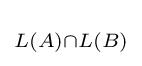
\scriptstyle L(A)\cap L(B)